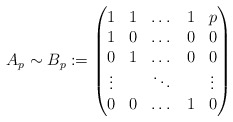
\begin{align*} A_p \sim B_p := \left( \begin{matrix} 1 & 1 & \dots & 1 & p \\ 1 & 0 & \dots & 0 & 0 \\ 0 & 1 & \dots & 0 & 0 \\ \vdots & & \ddots & &\vdots \\ 0 & 0 & \dots & 1 & 0 \end{matrix} \right) \end{align*}